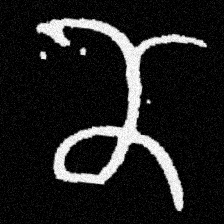
Pyu character \u2014 Myanmar letter: ဏ (romanized: nna)